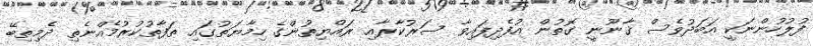
ފުލުހުންނަކީ އަބަދުވެސް ޤާނޫނީ ގޮތުން އުފެދިފައިވާ ސަރުކާރާއި ރައްޔިތުންގެ ހިމާޔަތުގައި ތަފާތުކުރުމެއްނެތި ދެމިތިބޭ